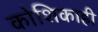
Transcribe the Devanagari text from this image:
कोशिकाही